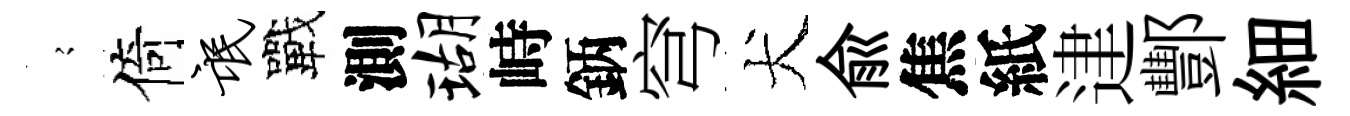
𡪹倚氓戰測瑚峙鈵穹犬兪焦紙䢖酆細